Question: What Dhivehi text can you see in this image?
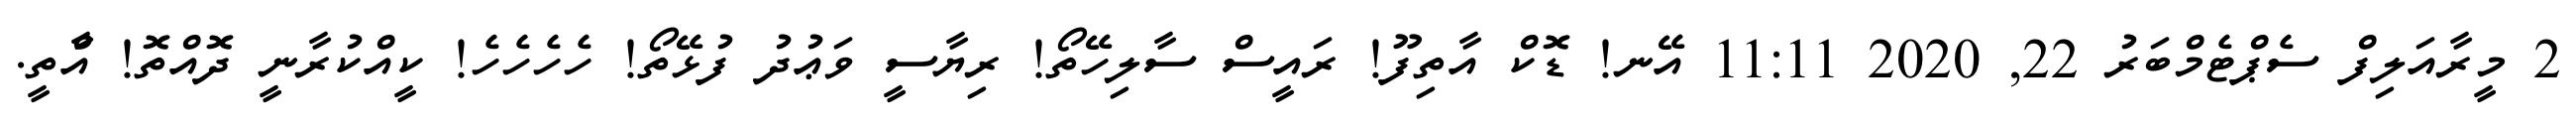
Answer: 2 މީރާއަލިފް ސެޕްޓެމްބަރު 22, 2020 11:11 އޭނ! ޑޮކް އާތިފޫ! ރައީސް ސާލިހޭތޯ! ރިޔާސީ ވަޢުދު ފުޅޭތޯ! ހެހެހެހެ! ކީއްކުރާނީ ދޮއްތޮ! އާްތީ.